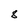
Character: 8